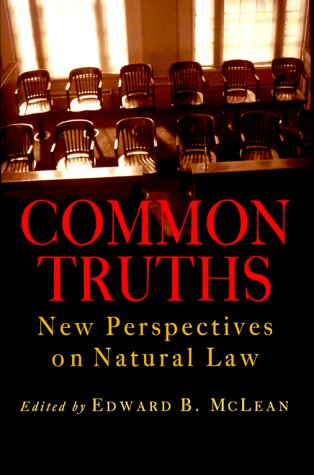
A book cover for Common Truths: New Perspectives on Natural Law (Goodrich Lecture Series); Ralph McInerny; Law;